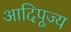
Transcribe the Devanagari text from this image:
आदिपूज्य